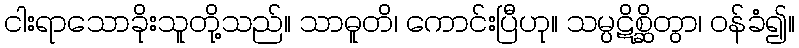
ငါးရာသောခိုးသူတို့သည်။ သာဓူတိ၊ ကောင်းပြီဟု။ သမ္ပဋိစ္ဆိတွာ၊ ဝန်ခံ၍။